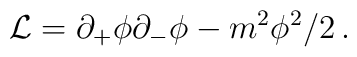
{\cal L}=\partial_+\phi\partial_-\phi-m^2\phi^2/2\,.